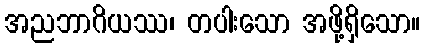
အညဘာဂိယဿ၊ တပါးသော အဖို့ရှိသော။